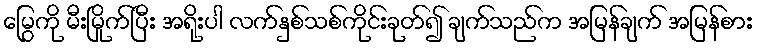
မြွေကို မီးမြိုက်ပြီး အရိုးပါ လက်နှစ်သစ်ကိုင်းခုတ်၍ ချက်သည်က အမြန်ချက် အမြန်စား